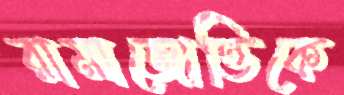
রামাজোত্তিকে